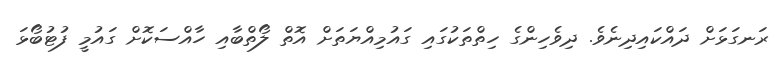
ރަނގަޅަށް ދައްކައިދިނެވެ. ދިވެހިންގެ ހިތްތަކުގައި ގައުމިއްޔަތަށް އޮތް ލޯތްބާއި ހާއްސަކޮށް ގައުމީ ފުޓުބޯޅަ